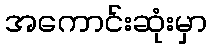
အကောင်းဆုံးမှာ